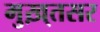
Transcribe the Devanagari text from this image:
मुख़्तसर